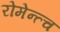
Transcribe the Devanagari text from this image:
रोमेन्त्च